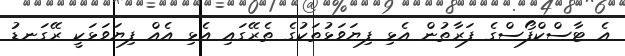
އެ ޓާސްކްފޯސްގެ ފަރާތުން އެޅި ފިޔަވަޅުތަކުގެ ތެރޭގައި އެޅި އެއް ފިޔަވަޅަކީ ރޭގަނޑު